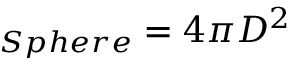
_ { S p h e r e } = 4 \pi D ^ { 2 }